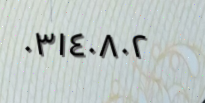
٠٣١٤٠٨٠٢